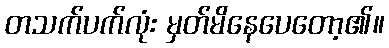
တသက်ပက်လုံး မှတ်မိနေပေတော့၏။